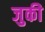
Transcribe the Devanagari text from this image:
जुकी